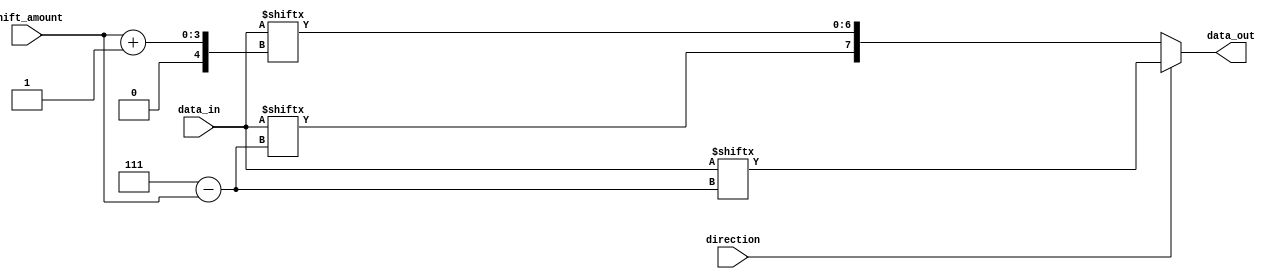
module barrel_shifter (
    input wire [7:0] data_in,
    input wire [2:0] shift_amount,
    input wire direction,
    output reg [7:0] data_out
);

always @ (*)
begin
    if (direction == 1'b0) // right shift
        data_out = {data_in[7 - shift_amount[2:0]], data_in[7:shift_amount[2:0]+1]};
    else // left shift
        data_out = {data_in[shift_amount[2:0]:7], data_in[0:7 - shift_amount[2:0]]};
end

endmodule